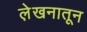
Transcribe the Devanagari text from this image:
ले़खनातून